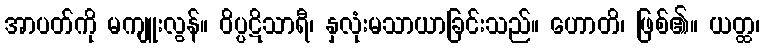
အာပတ်ကို မကျူးလွန်။ ဝိပ္ပဋိသာရီ၊ နှလုံးမသာယာခြင်းသည်။ ဟောတိ၊ ဖြစ်၏။ ယတ္ထ၊